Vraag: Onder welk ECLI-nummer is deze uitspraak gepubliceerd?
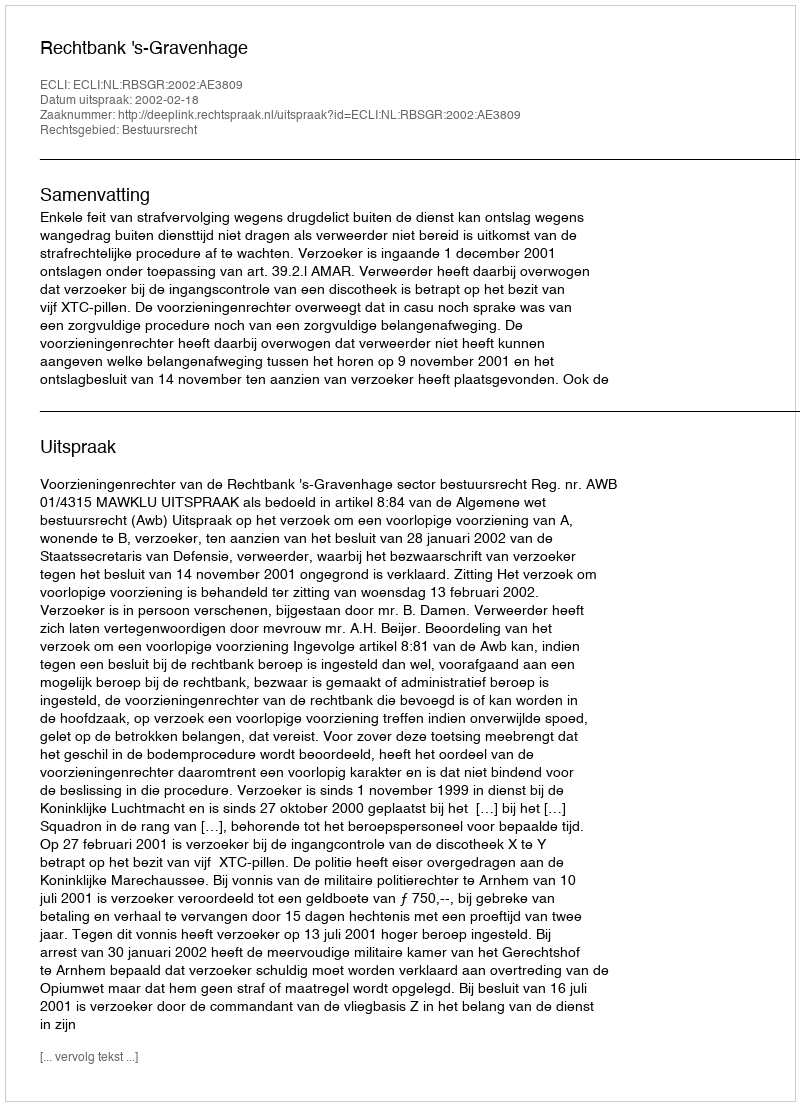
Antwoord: ECLI:NL:RBSGR:2002:AE3809